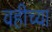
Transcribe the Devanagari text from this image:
वहीच्या